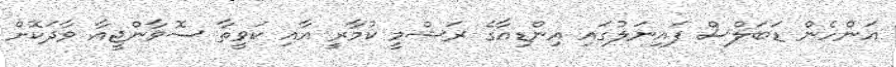
އަންހެން ޑަބަލްސް ފައިނަލުގައި އިންޑިއާގެ ރަޝްމީ ކުމާރީ އާއި ކަވީތާ ސޮވާންޖީއާ ވާދަކޮށް